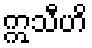
ဣသီဟိ